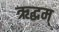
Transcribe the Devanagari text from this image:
ऋद्धम्